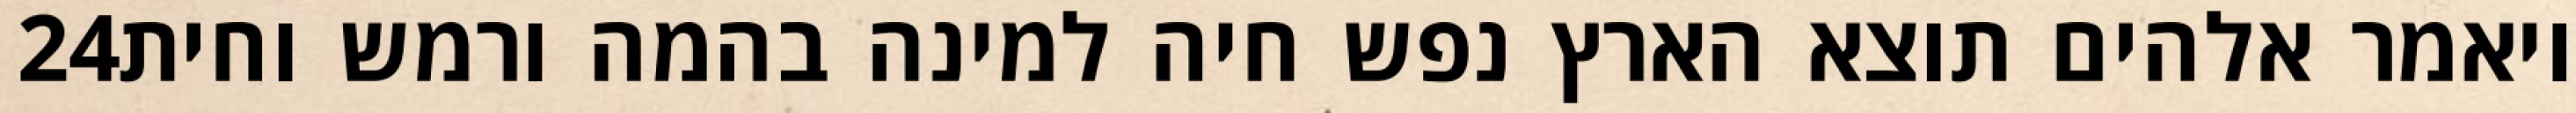
‎24‏ ויאמר אלהים תוצא הארץ נפש חיה למינה בהמה ורמש וחית